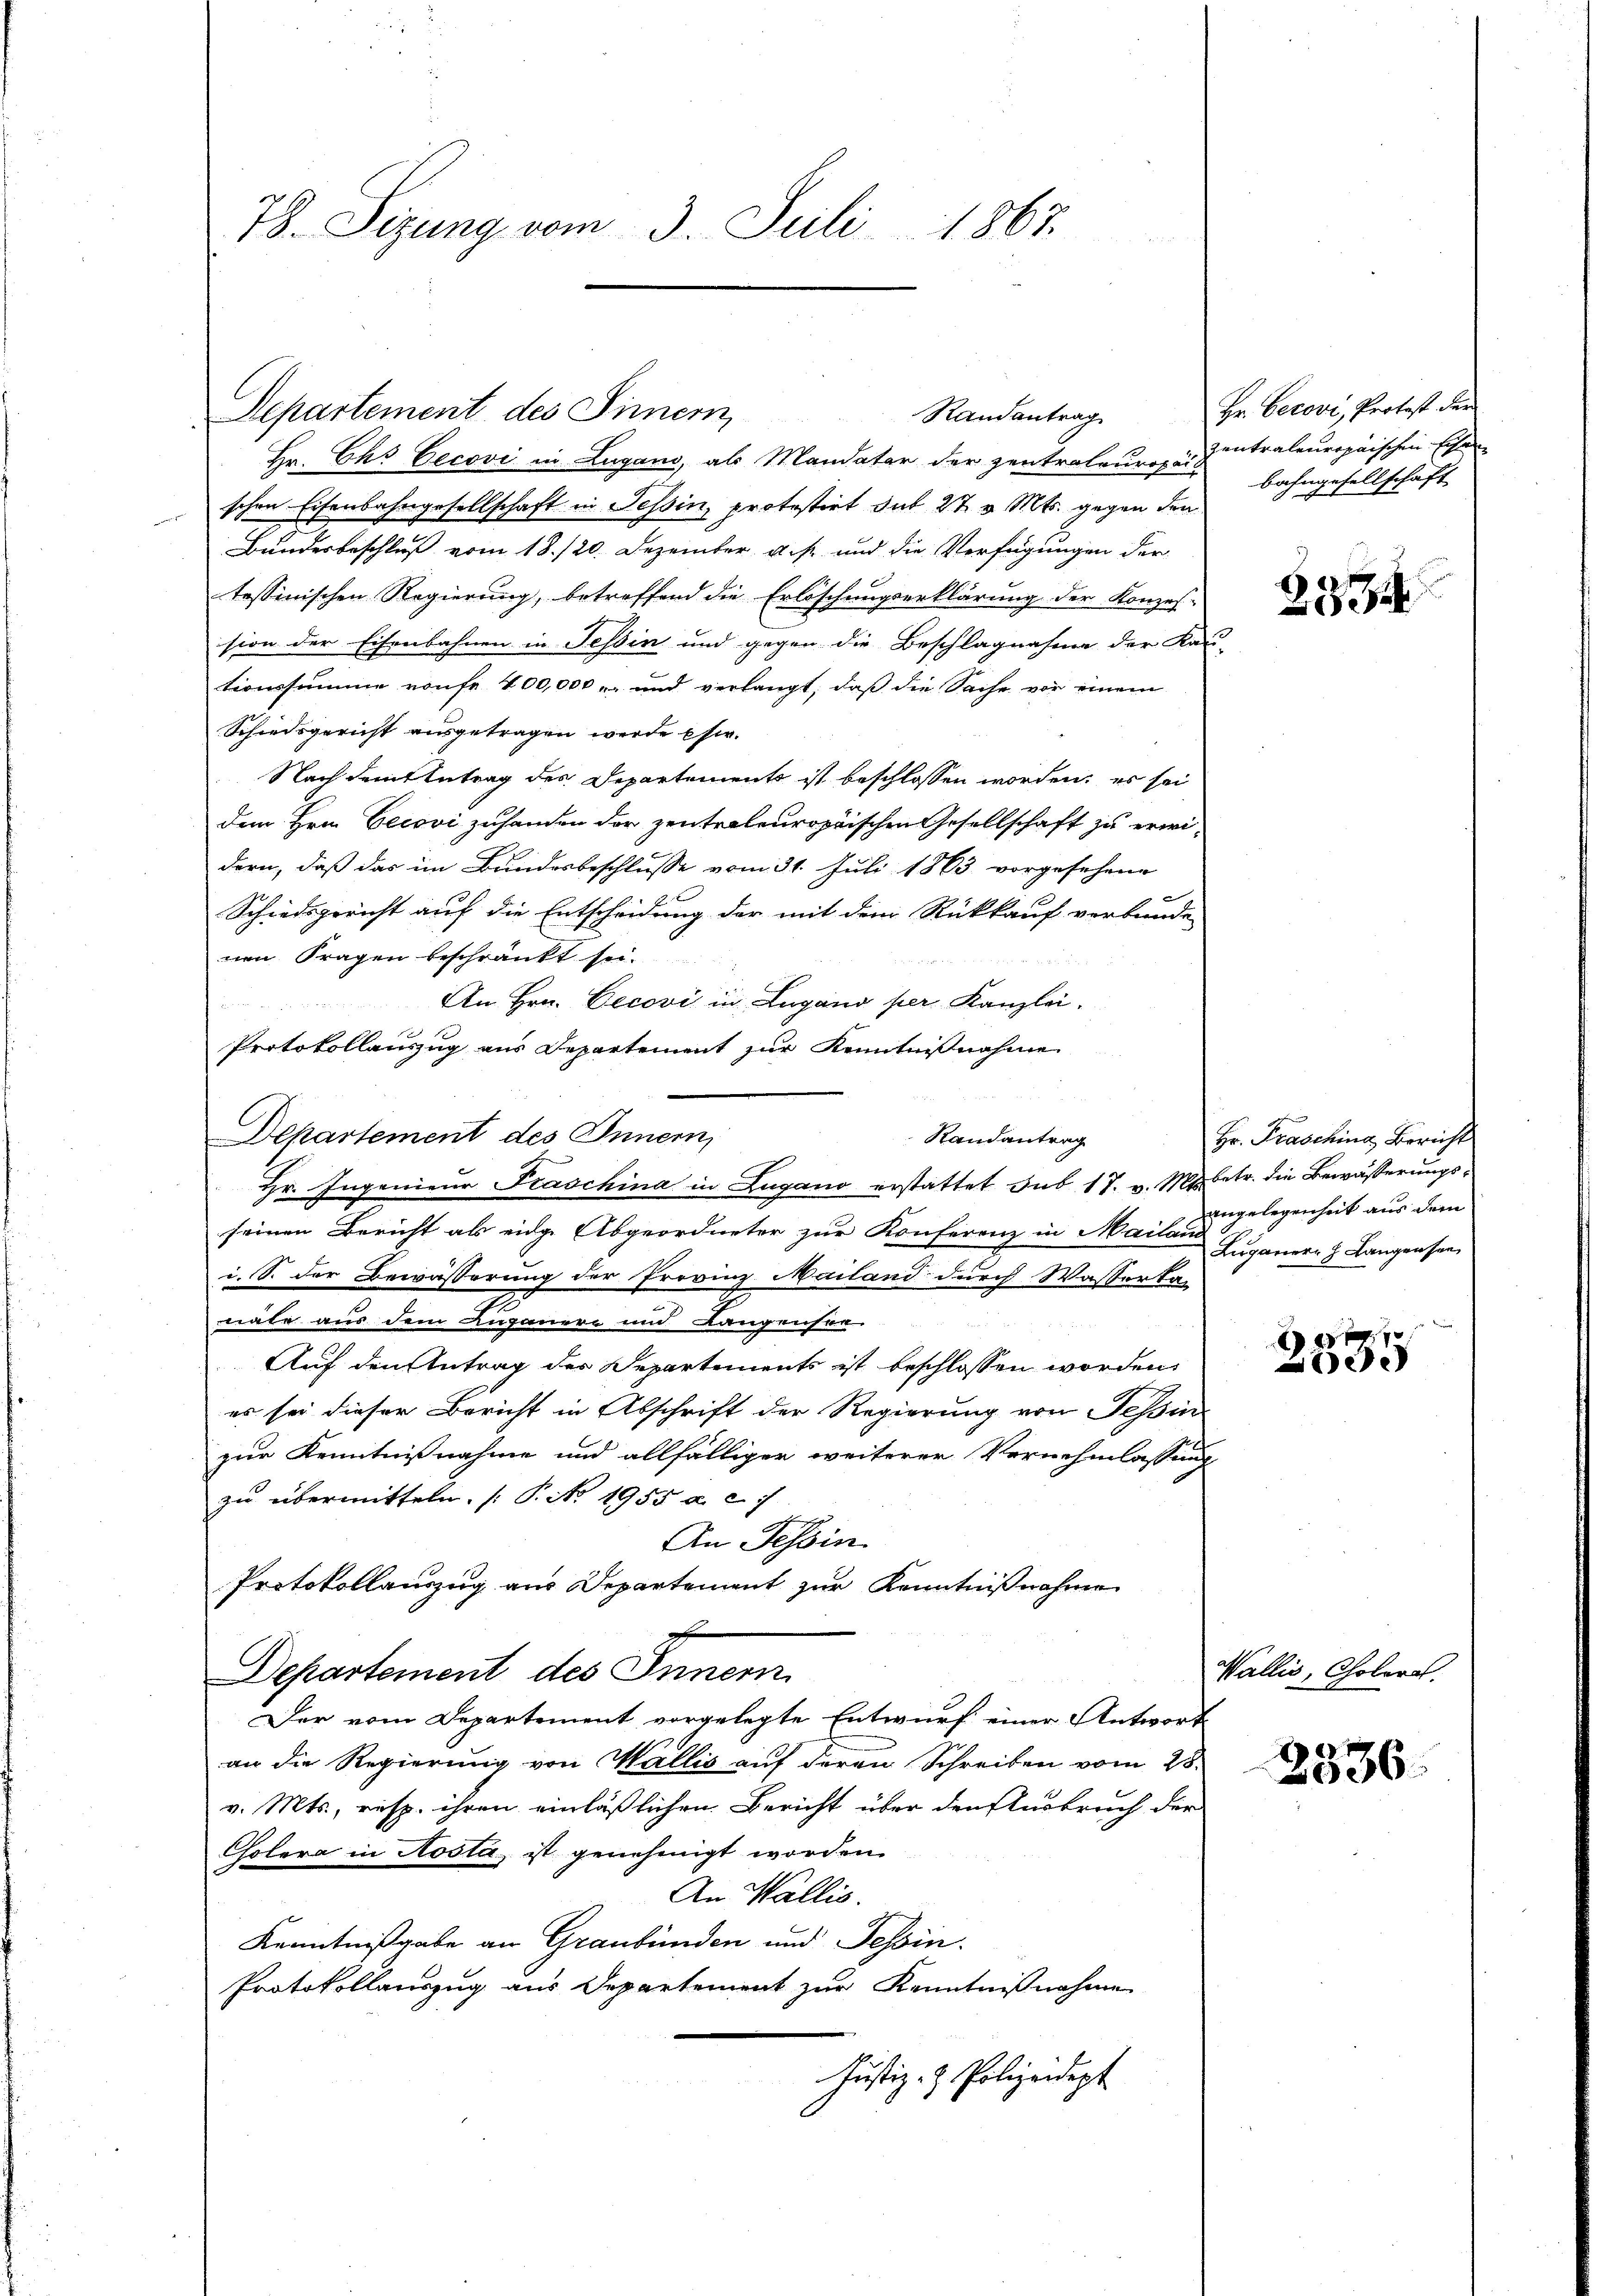
78. Sizung vom 3. Juli 1867.

Separtement des Sinnern,

Hr. Chs Eecovi in Lugano, als Mandatar der zentraleuropai-
schen Eisenbahngesellschaft in Tessin, protestirt dit 27. v. Mts. gegen den
Bundesbeschluß vom 18./20. Dezember u. s. und die Verfügungen der
tessinischen Regierung, betreffend die Erlöschungserklärung der Konzes-
sion der Eisenbahnen in Tessin und gegen die Beschlagnahme der Kau-
tionssumme von fr. 400,000 - und verlangt, daß die Sache vor einem
Schiedsgericht ausgetragen werde Ehe.
Nach dem Antrag des Departements ist beschlossen worden; es sei
dem Hrn. Cecovi zuhanden der zentraleuropäischen Gesellschaft zu erwi-
dern, daß das im Bundesbeschlusse vom 31. Juli 1863 vorgesehene
Schiedsgericht auf die Entscheidung der mit dem Rückkauf verbunde
nen Fragen beschränkt sei.
§ 88
An Hrn. Cecovi in Lugano per Kanzlei-
Protokollanzug aus Departement zur Kenntnißnahme
Departement des Innern,
Hr. Ingenieur Fraschina in Zugano erstattet das 17. v. Mobetr. die Bewäßerungsseinen Bericht als eidge Abgeordneter zur Konferenz in Mais angelegenheit aus dem
i. S. der Bewässerung der Provinz Mailand durch Wasserka-
nate aus dem Lupauere und Langensee
Auf den Antrag der Departements ist beschlossen worden,
es sei dieser Bericht in Abschrift der Regierung von Tessin
zur Kenntnißnahme und allfälliger weiterer Vernehmlassung
zu übermitteln. (T. No. 1955 a. c. 1
An Tessin.
Protokollauszug aus Departement zur Kenntnißnahme
Departement des Inner
Der vom Departement vorgelegte Entwurf einer Antwort
an die Regierung von Wallis auf deren Schreiben vom 28.
v. Mts., resp. ihren einläßlichen Bericht über den Ausbruch der
Cholera in Nosta, ist genehmigt worden.
An Wallis.
Kenntnißgabe an Graubünden und Tessin.
Protokollauszug aus Departement zur Kenntnißnahme
Justiz- & Polizeidept

Randantrag

Randantrag

Hr. Cerovi, Protest der
zentraleuropaischen Eisen
bahngesellschaft

2334

Hr. Prasching, Bericht
.
Luganer h. Langensee

1570
e

Wallis, Cholerat.

2336